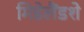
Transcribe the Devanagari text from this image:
मिडेलैंडशे